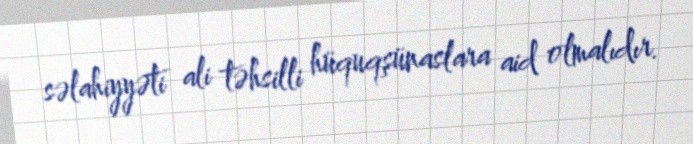
səlahiyyəti ali təhsilli hüquqşünaslara aid olmalıdır.